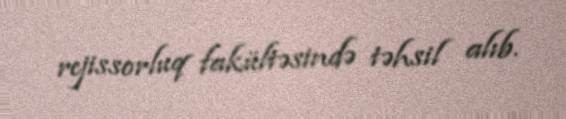
rejissorluq fakültəsində təhsil alıb.